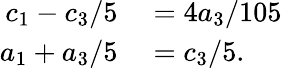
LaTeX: \begin{array}{rl}{c_{1}-c_{3}/5}&{{}=4a_{3}/105}\\ {a_{1}+a_{3}/5}&{{}=c_{3}/5.}\end{array}